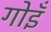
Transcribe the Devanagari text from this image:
गोइँ